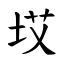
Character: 㘷